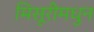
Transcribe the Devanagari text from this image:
मिसूरीमधुन